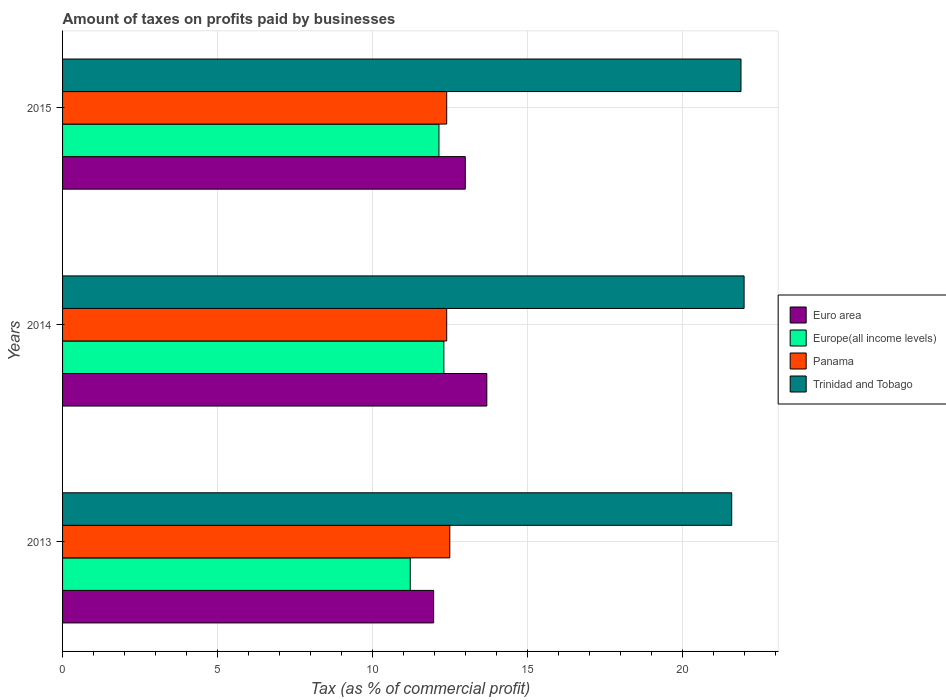
| Years | Euro area | Europe(all income levels) | Panama | Trinidad and Tobago |
 | --- | --- | --- | --- | --- |
 | 2013 | 12 | 11.2 | 12.5 | 21.6 |
 | 2014 | 13.7 | 12.3 | 12.4 | 22 |
 | 2015 | 13 | 12.2 | 12.4 | 21.9 |